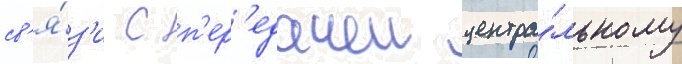
св'я́з'и с п'ер'едачеи центра́льному